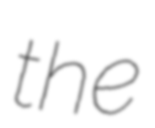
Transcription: the